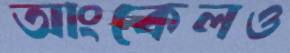
আংকেলও